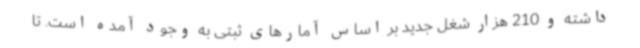
داشته و 210 هزار شغل جدید بر اساس آمارهای ثبتی به وجود آمده است. تا